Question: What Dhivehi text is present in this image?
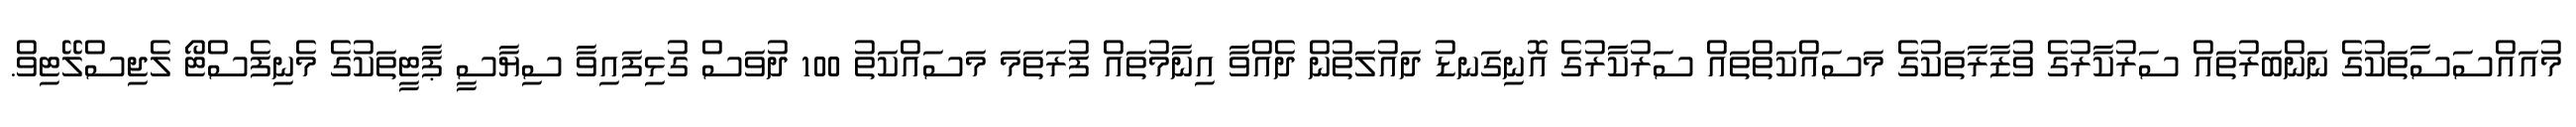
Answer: މުއައްސަސާތަކުގެ ނަންބަރުތައް ސަރުކާރުގެ ވުޒާރާތަކުގެ މަސައްކަތްތައް ސަރުކާރުގެ އޮނިގަނޑު ދައުލަތުން ދެއްވާ އިނާމުތައް ފުރަތަމަ މަސައްކަތު 100 ދުވަސް ގުޅިފައިވާ ސިޔާސީ ޕާޓީތަކުގެ މެނިފެސްޓޯ ލެޖިސްލޭޓިވް.